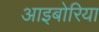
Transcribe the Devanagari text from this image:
आइबोरिया